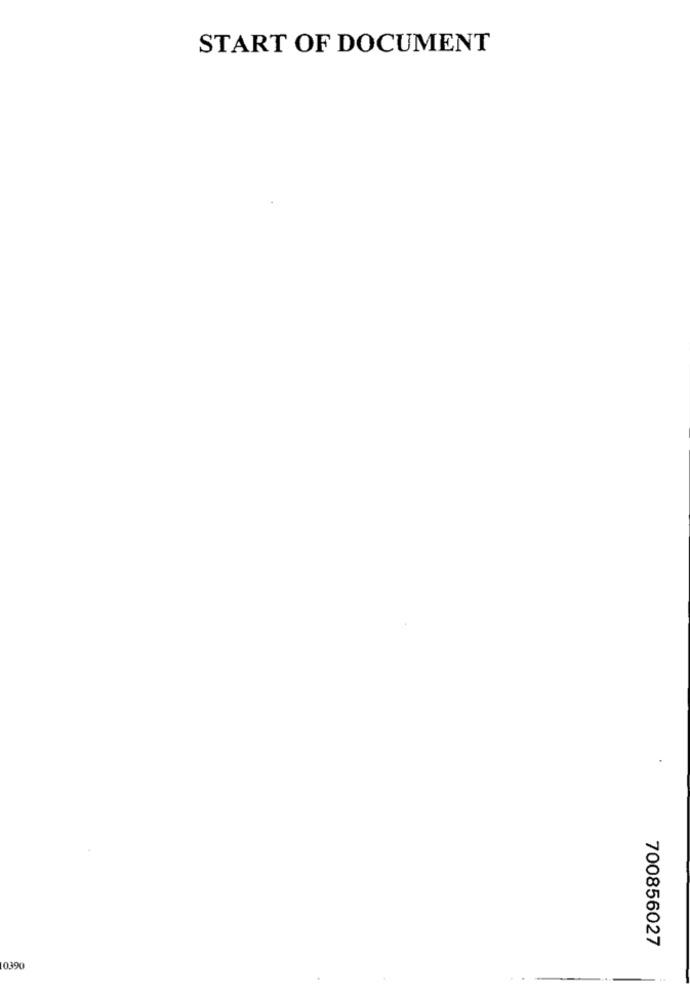
START OF DOCUMENT
700856027
10390